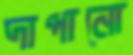
দাপানো